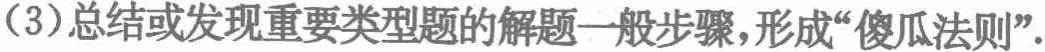
(3)总结或发现重要类型题的解题一般步骤，形成“傻瓜法则”.